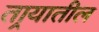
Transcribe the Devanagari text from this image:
तार्‍यातील